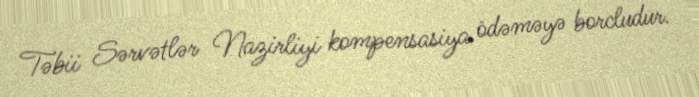
Təbii Sərvətlər Nazirliyi kompensasiya ödəməyə borcludur.